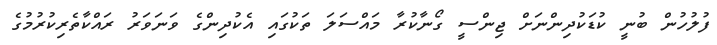
ފުލުހުން ބުނީ ކުޑަކުދިންނަށް ޖިންސީ ގޯނާކުރާ މައްސަލަ ތަކުގައި އެކުދިންގެ ވަނަވަރު ރައްކާތެރިކުރުމުގެ